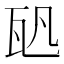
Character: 𤬨